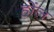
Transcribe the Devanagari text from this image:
होंल